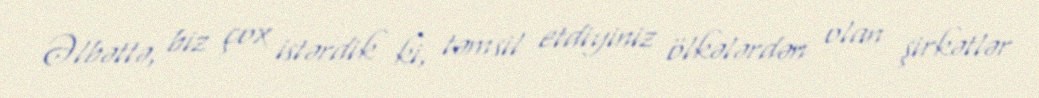
Əlbəttə, biz çox istərdik ki, təmsil etdiyiniz ölkələrdən olan şirkətlər